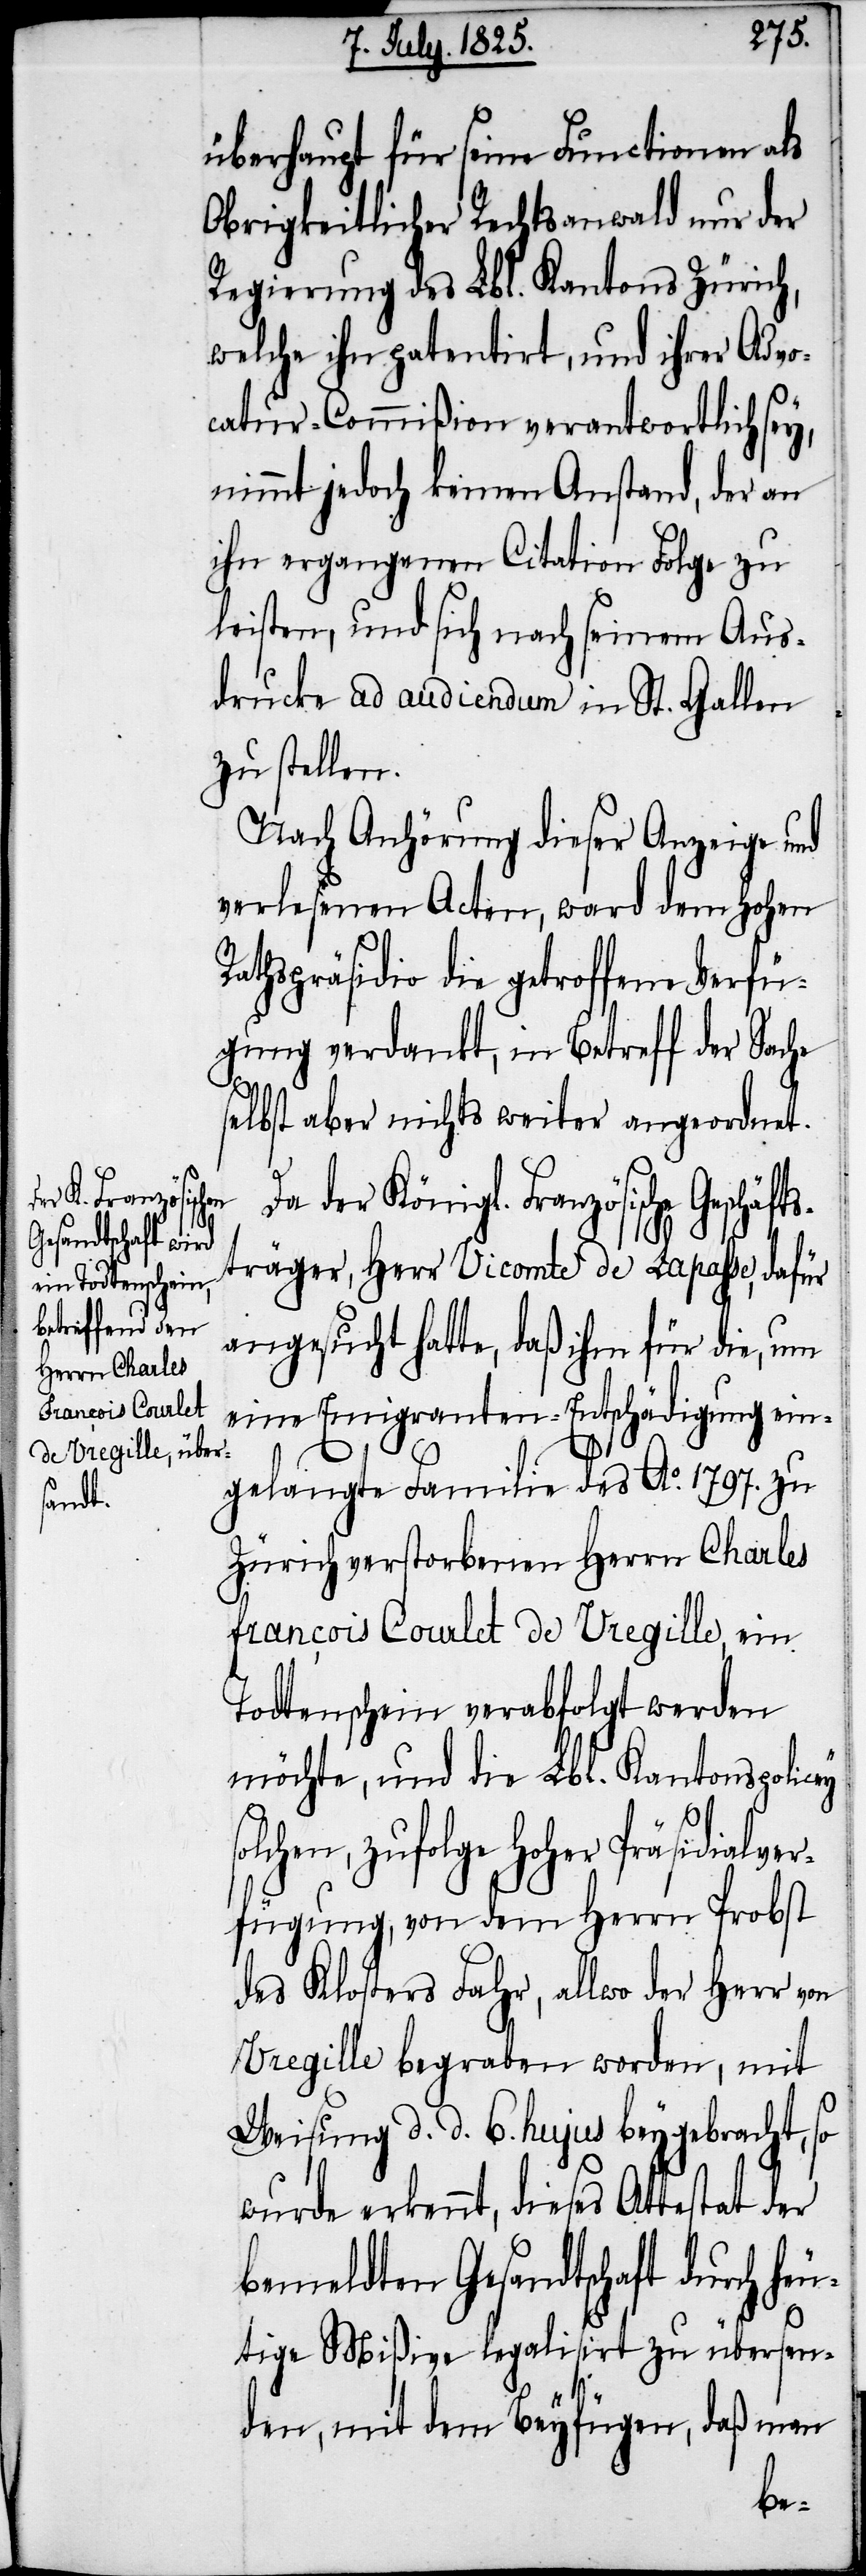
überhaupt für seine Functionen als
Obrigkeitlicher Rechtsanwald nur der
Regierung des Lbl. Kantons Zürich,
welche ihn patentirt, und ihrer Advo¬
catur-Commißion verantwortlich sey,
nimmt jedoch keinen Anstand, der an
ihn ergangenen Citation Folge zu
leisten, und sich nach seinem Aus¬
drucke ad audiendum in St. Gallen
zu stellen.
Nach Anhörung dieser Anzeige und
verlesenen Acten, ward dem Hohen
Rathspräsidio die getroffene Verfü¬
gung verdankt, in Betreff der Sache
selbst aber nichts weiter angeordnet.
Da der Königl. Französische
Geschäfts¬
träger, Herr Vicomte de Lapasse, dafür
angesucht hatte, daß ihm für die, um
eine Emigranten-Entschädigung ein¬
gelangte Familie des Ao. 1797. zu
Zürich verstorbenen Herrn Charles
Francois Courlet de Vregille, ein
Todtenschein verabfolgt werden
möchte, und die Lbl. Kantonspolicey
lchen, zufolge Hoher Präsidialver¬
fügung, von dem Herrn Probst
des Klosters Fahr, allwo der Herr von
Vregille begraben worden, mit
Weisung d. d. 6. hujus beygebracht, so
wurde erkennt, dieses Attestat der
bemeldten Gesandtschaft durch he¬
utige Mißiven legalisirt zu übersen¬
den, mit dem Beyfügen, daß man
so¬